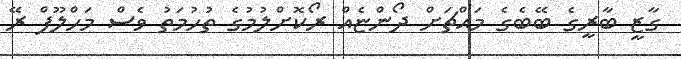
ގާޒީ ބާރީގެ ބޭބެގެ މައްޗަށް ދޯންޏެއް ރޯކޮށްލުމުގެ ތުހުމަތު ވެސް މަހްލޫފް ރޭ